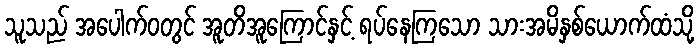
သူသည် အပေါက်ဝတွင် အူတိအူကြောင်နှင့် ရပ်နေကြသော သားအမိနှစ်ယောက်ထံသို့